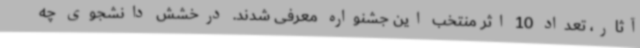
آثار، تعداد 10 اثر منتخب این جشنواره معرفی شدند. درخشش دانشجوی چه